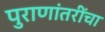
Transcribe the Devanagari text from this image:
पुराणांतरींचा